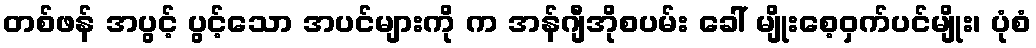
တစ်ဖန် အပွင့် ပွင့်သော အပင်များကို က အန်ဂျီအိုစပမ်း ခေါ် မျိုးစေ့ဝှက်ပင်မျိုး၊ ပုံစံ